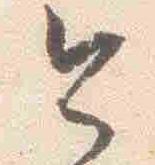
今